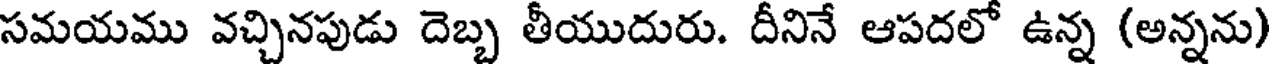
సమయము వచ్చినపుడు దెబ్బ తీయుదురు. దీనినే ఆపదలో ఉన్న (అన్నను)